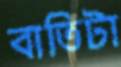
বাতিটা